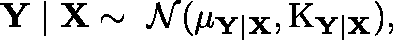
\mathbf { Y } \mid \mathbf { X } \sim \ { \mathcal { N } } ( \mathbf { \mu _ { Y | X } } , \operatorname { K } _ { \mathbf { Y | X } } ) ,